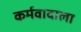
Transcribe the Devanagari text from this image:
कर्मवादाला